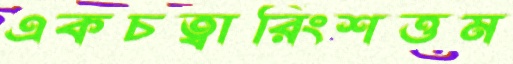
একচত্বারিংশত্তম